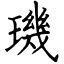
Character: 璣